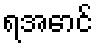
ရအောင်